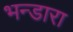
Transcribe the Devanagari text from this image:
भन्डारा